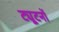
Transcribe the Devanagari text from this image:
ट्यूटनों